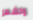
وتشعر